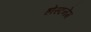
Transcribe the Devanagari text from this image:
होस्टनेम